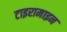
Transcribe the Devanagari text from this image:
टाइरामाइन